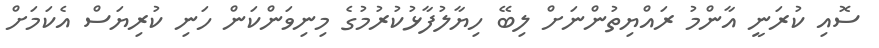
ސޮއި ކުރަނީ އާންމު ރައްޔިތުންނަށް ލިބޭ ހިޔާލުފާޅުކުރުމުގެ މިނިވަންކަން ހަނި ކުރިޔަސް އެކަމަށް